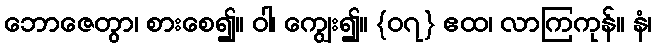
ဘောဇေတွာ၊ စားစေ၍။ ဝါ၊ ကျွေး၍။ {၀၇} ဧထ၊ လာကြကုန်။ နံ၊